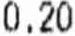
0.20